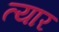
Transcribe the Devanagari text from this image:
त्यार